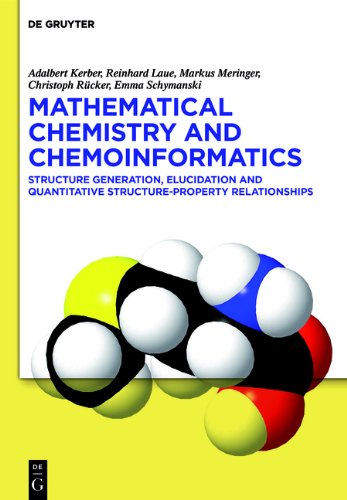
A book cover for Mathematical Chemistry and Chemoinformatics; Adalbert Kerber; Science & Math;